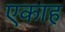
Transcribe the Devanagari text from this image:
एकाह